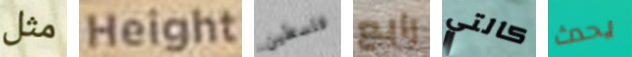
مثل Height فلسطين رابع كالتي يحدث